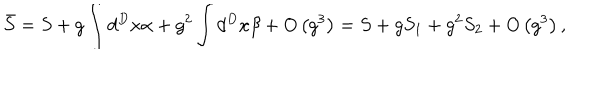
\bar { S } = S + g \int d ^ { D } x \alpha + g ^ { 2 } \int d ^ { D } x \beta + O \left( g ^ { 3 } \right) = S + g S _ { 1 } + g ^ { 2 } S _ { 2 } + O \left( g ^ { 3 } \right) ,